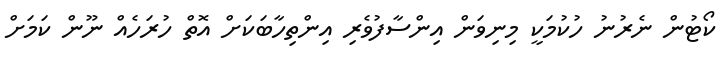
ކޯޓުން ނެރުނު ހުކުމަކީ މިނިވަން އިންސާފުވެރި އިންތިހާބަކަށް އޮތް ހުރަހެއް ނޫން ކަމަށް